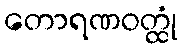
တောရဏဝတ္ထုံ